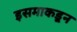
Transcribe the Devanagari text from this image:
इसमाकडून